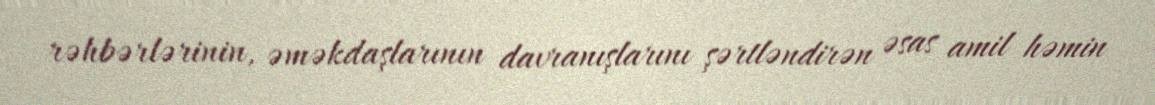
rəhbərlərinin, əməkdaşlarının davranışlarını şərtləndirən əsas amil həmin